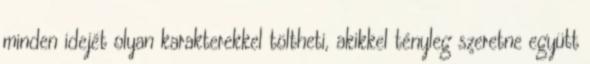
minden idejét olyan karakterekkel töltheti, akikkel tényleg szeretne együtt